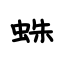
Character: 蛛